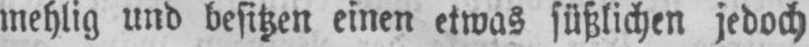
mehlig und besitzen einen etwas süßlichen jedoch